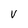
Character: V